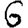
Digit: 6